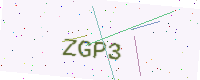
Text: ZGP3